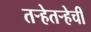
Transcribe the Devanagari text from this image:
तर्‍हेतर्‍हेची